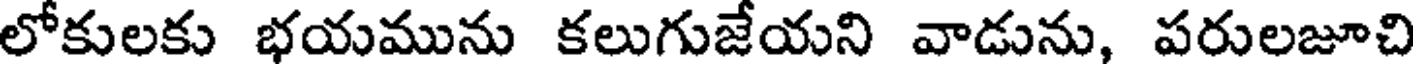
లోకులకు భయమును కలుగుజేయని వాడును, పరులజూచి